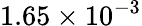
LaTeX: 1.65\times 10^{-3}